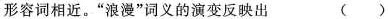
形容词相近。”浪漫”词义的演变反映出 ()